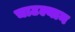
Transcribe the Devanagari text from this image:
चाटल्यान